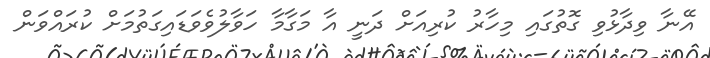
އޭނާ ވިދާޅުވި ގޮތުގައި މިހާރު ކުރިއަށް ދަނީ އާ މަގާމާ ހަވާލުވެވަޑައިގަތުމަށް ކުރައްވަން